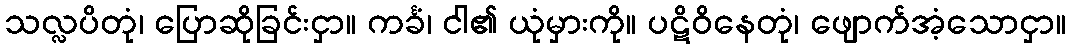
သလ္လပိတုံ၊ ပြောဆိုခြင်းငှာ။ ကင်္ခံ၊ ငါ၏ ယုံမှားကို။ ပဋိဝိနေတုံ၊ ဖျောက်အံ့သောငှာ။